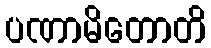
ပဏာမိတောတိ